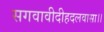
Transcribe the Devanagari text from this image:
सगवावीदीहदलवासा।।